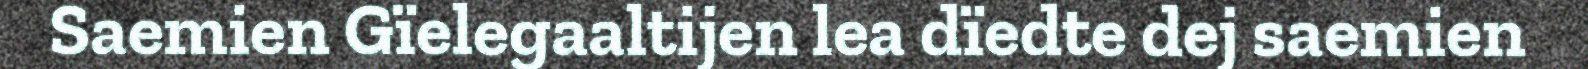
Saemien Gïelegaaltijen lea dïedte dej saemien